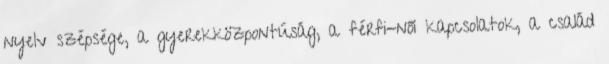
nyelv szépsége, a gyerekközpontúság, a férfi-női kapcsolatok, a család